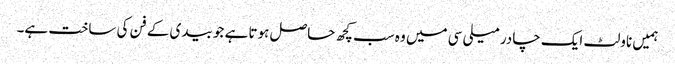
ہمیں ناولٹ ایک چادر میلی سی میں وہ سب کچھ حاصل ہوتا ہے جو بیدی کے فن کی ساخت ہے۔